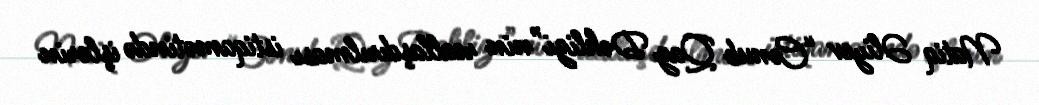
Natiq Əliyev “Cənub Qaz Dəhlizi”nin reallaşdırılması istiqamətində işlərin